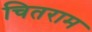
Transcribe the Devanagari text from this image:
चितराम